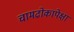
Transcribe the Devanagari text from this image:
चामढोकापेक्षा